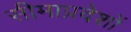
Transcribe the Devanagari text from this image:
सीमाप्रदेशों